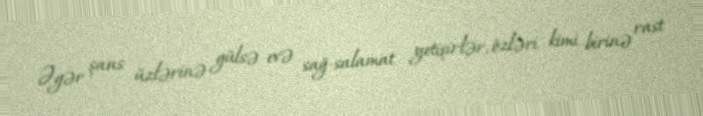
Əgər şans üzlərinə gülsə evə sağ-salamat yetişirlər, özləri kimi birinə rast